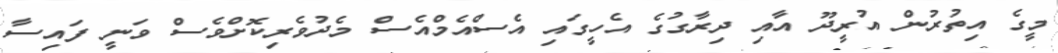
މީގެ އިތުރުން އުރީދޫ އާއި ދިރާގުގެ އެހީގައި އެސްއެމްއެސް މެދުވެރިކޮށްވެސް ވަނީ ފައިސާ